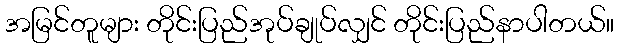
အမြင်တူများ တိုင်းပြည်အုပ်ချုပ်လျှင် တိုင်းပြည်နာပါတယ်။